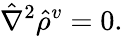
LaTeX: \hat{\nabla}^{2}\hat{\rho}^{v}=0.